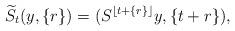
LaTeX: \begin{align*} \widetilde{S}_t(y,\{r\})=(S^{\lfloor t+\{r\}\rfloor}y,\{t+r\}), \end{align*}